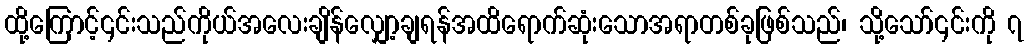
ထို့ကြောင့်၎င်းသည်ကိုယ်အလေးချိန်လျှော့ချရန်အထိရောက်ဆုံးသောအရာတစ်ခုဖြစ်သည်၊ သို့သော်၎င်းကို ၇